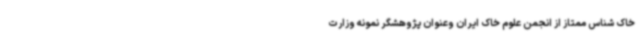
خاک شناس ممتاز از انجمن علوم خاک ایران وعنوان پژوهشگر نمونه وزارت